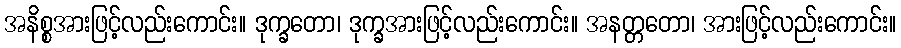
အနိစ္စအားဖြင့်လည်းကောင်း။ ဒုက္ခတော၊ ဒုက္ခအားဖြင့်လည်းကောင်း။ အနတ္တတော၊ အားဖြင့်လည်းကောင်း။